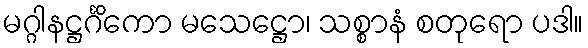
မဂ္ဂါနဋ္ဌင်္ဂိကော မသေဋ္ဌော၊ သစ္စာနံ စတုရော ပဒါ။